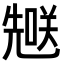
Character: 𪞄